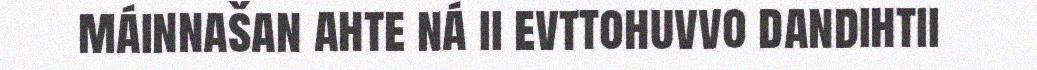
máinnašan ahte ná ii evttohuvvo dandihtii